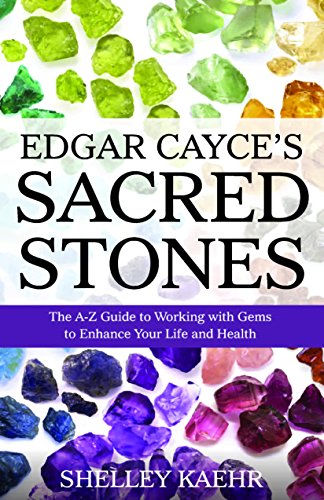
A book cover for Edgar Cayce's Sacred Stones: The A-Z Guide to Working with Gems to Enhance Your Life and Health; Shelley Kaehr; Religion & Spirituality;